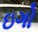
ઇગો